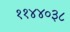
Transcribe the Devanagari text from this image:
११४४०३८